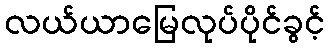
လယ်ယာမြေလုပ်ပိုင်ခွင့်